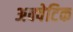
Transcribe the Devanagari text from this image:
अक्वेटिक